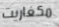
مكغاريت